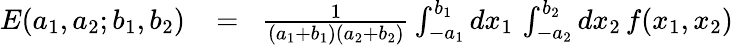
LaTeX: \begin{array}{rlr}{E(a_{1},a_{2};b_{1},b_{2})}&{{}\! =\! }&{{\frac{1}{(a_{1}+b_{1})(a_{2}+b_{2})}}\int_{-a_{1}}^{b_{1}}dx_{1}\, \int_{-a_{2}}^{b_{2}}dx_{2}\, f(x_{1},x_{2})}\end{array}